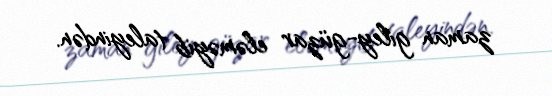
zaman giley-güzar eləməyib taleyindən.